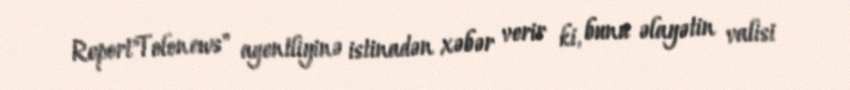
Report"Tolonews" agentliyinə istinadən xəbər verir ki, bunu əlayətin valisi